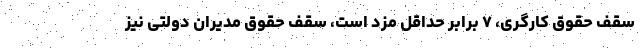
سقف حقوق کارگری، ۷ برابر حداقل مزد است، سقف حقوق مدیران دولتی نیز